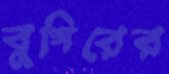
বুগিরের